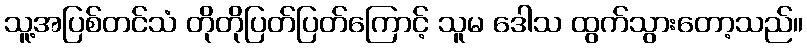
သူ့အပြစ်တင်သံ တိုတိုပြတ်ပြတ်ကြောင့် သူမ ဒေါသ ထွက်သွားတော့သည်။